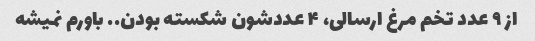
از ۹ عدد تخم مرغ ارسالی، ۴ عددشون شکسته بودن.. باورم نمیشه